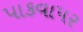
પાકવાપર